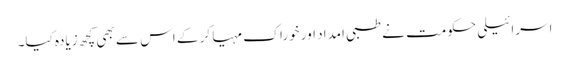
اسرائیلی حکومت نے طبی امداد اور خوراک مہیا کر کے اس سے بھی کچھ زیادہ کیا۔